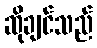
ဆိုချင်သည်